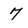
Character: 7